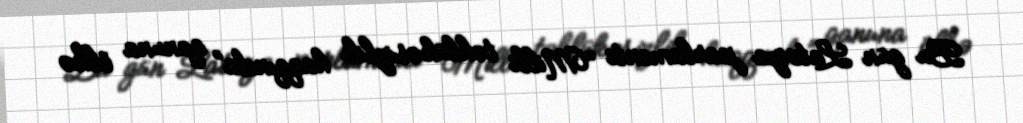
Bu gün Latviya parlamenti “Milli təhlükəsizlik haqqında” qanuna ölkə